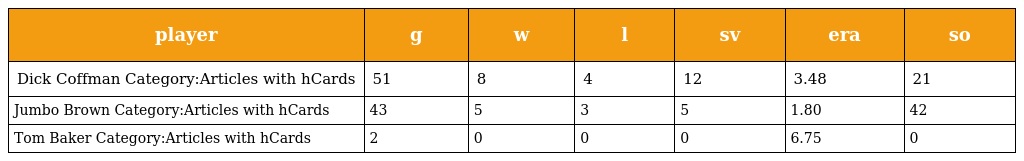
| player | g | w | l | sv | era | so |
 | --- | --- | --- | --- | --- | --- | --- |
 | Dick Coffman Category:Articles with hCards | 51 | 8 | 4 | 12 | 3.48 | 21 |
 | Jumbo Brown Category:Articles with hCards | 43 | 5 | 3 | 5 | 1.80 | 42 |
 | Tom Baker Category:Articles with hCards | 2 | 0 | 0 | 0 | 6.75 | 0 |